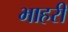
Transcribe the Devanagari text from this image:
भाहरी